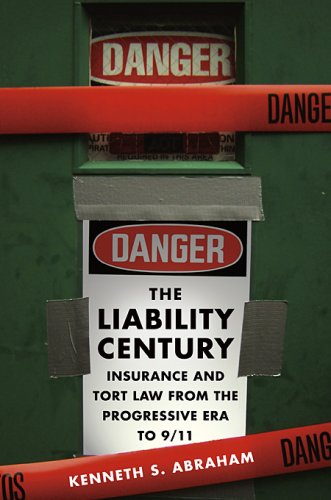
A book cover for The Liability Century: Insurance and Tort Law from the Progressive Era to 9/11; Kenneth S. Abraham; Law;